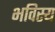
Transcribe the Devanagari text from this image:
भविस्य